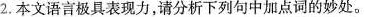
2.本文语言极具表现力，请分析下列句中加点词的妙处。